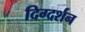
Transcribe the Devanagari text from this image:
दिग्‍दर्शन